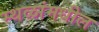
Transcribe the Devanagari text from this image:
स्थळांमधील